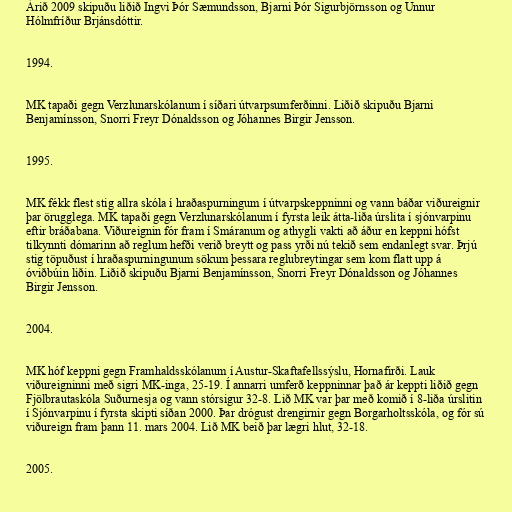
Árið 2009 skipuðu liðið Ingvi Þór Sæmundsson, Bjarni Þór Sigurbjörnsson og Unnur
Hólmfríður Brjánsdóttir.

1994.

MK tapaði gegn Verzlunarskólanum í síðari útvarpsumferðinni. Liðið skipuðu Bjarni
Benjamínsson, Snorri Freyr Dónaldsson og Jóhannes Birgir Jensson.

1995.

MK fékk flest stig allra skóla í hraðaspurningum í útvarpskeppninni og vann báðar viðureignir
þar örugglega. MK tapaði gegn Verzlunarskólanum í fyrsta leik átta-liða úrslita í sjónvarpinu
eftir bráðabana. Viðureignin fór fram í Smáranum og athygli vakti að áður en keppni hófst
tilkynnti dómarinn að reglum hefði verið breytt og pass yrði nú tekið sem endanlegt svar. Þrjú
stig töpuðust í hraðaspurningunum sökum þessara reglubreytingar sem kom flatt upp á
óviðbúin liðin. Liðið skipuðu Bjarni Benjamínsson, Snorri Freyr Dónaldsson og Jóhannes
Birgir Jensson.

2004.

MK hóf keppni gegn Framhaldsskólanum í Austur-Skaftafellssýslu, Hornafirði. Lauk
viðureigninni með sigri MK-inga, 25-19. Í annarri umferð keppninnar það ár keppti liðið gegn
Fjölbrautaskóla Suðurnesja og vann stórsigur 32-8. Lið MK var þar með komið í 8-liða úrslitin
í Sjónvarpinu í fyrsta skipti síðan 2000. Þar drógust drengirnir gegn Borgarholtsskóla, og fór sú
viðureign fram þann 11. mars 2004. Lið MK beið þar lægri hlut, 32-18.

2005.